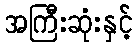
အကြီးဆုံးနှင့်